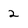
Character: 2